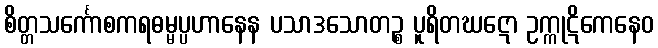
စိတ္တသင်္ကောစကရဓမ္မပ္ပဟာနေန ပသာဒသောတဉ္စ ပူရိတဃဋော ဥက္ကုဋိကေနေဝ